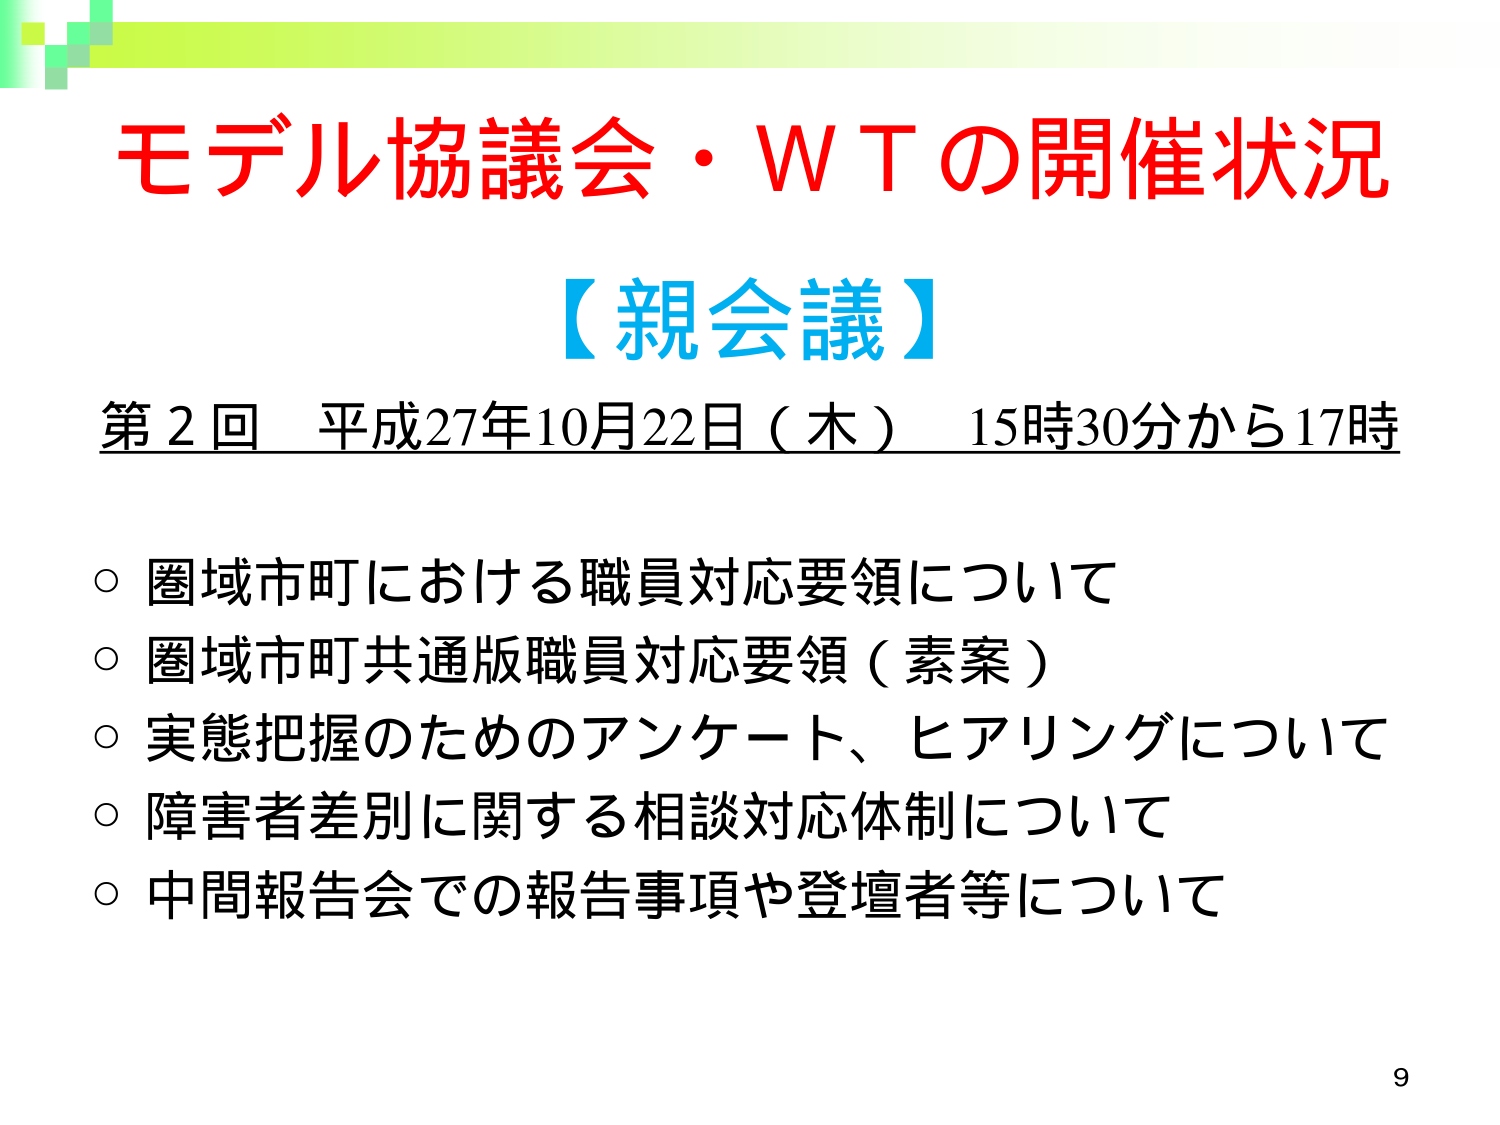
モデル協議会・ＷＴの開催状況
【親会議】
第２回 平成27年10月22日（木） 15時30分から17時
○ 圏域市町における職員対応要領について
○ 圏域市町共通版職員対応要領（素案）
○ 実態把握のためのアンケート、ヒアリングについて
○ 障害者差別に関する相談対応体制について
○ 中間報告会での報告事項や登壇者等について
9